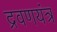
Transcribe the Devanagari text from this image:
द्रवणयंत्र